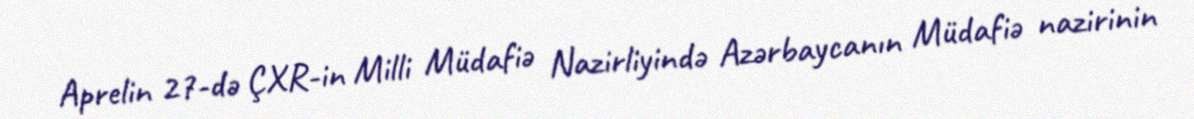
Aprelin 27-də ÇXR-in Milli Müdafiə Nazirliyində Azərbaycanın Müdafiə nazirinin